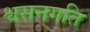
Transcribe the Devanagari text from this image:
श्वसनगति